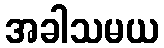
အခါသမယ